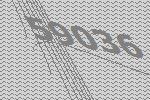
59036